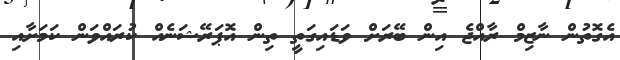
އެގޮތުން ނާޒިމް ރާއްޖެ އިން ބޭރަށް ވަޑައިގަތީ ތިން އޮޕަރޭޝަނެއް ކުރައްވަން ކަމަށާއި